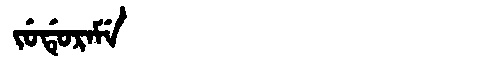
Manchu: ᠵᡠᡩᡠᡵᠠᠮᡝ
Romanization: JUDURAME